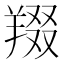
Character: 䍳